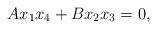
LaTeX: \begin{align*}Ax_1x_4+Bx_2x_3=0,\end{align*}